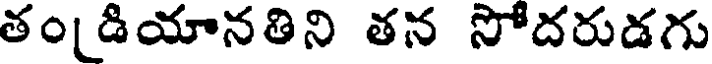
తండియానతిని తన సోదరుడగు